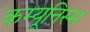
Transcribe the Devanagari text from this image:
कम्यूनिस्म